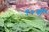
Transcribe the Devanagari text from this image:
९०वॉ